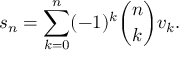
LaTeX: s _ { n } = \sum _ { k = 0 } ^ { n } ( - 1 ) ^ { k } { \binom { n } { k } } v _ { k } .